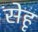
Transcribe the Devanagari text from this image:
सेहृ